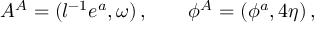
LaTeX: A ^ { A } = ( l ^ { - 1 } e ^ { a } , \omega ) \, , \qquad \phi ^ { A } = ( \phi ^ { a } , 4 \eta ) \, ,